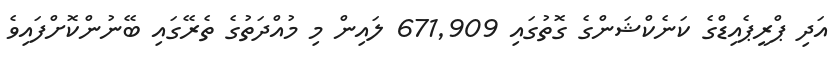
އަދި ޕްރީޕެއިޑްގެ ކަނެކްޝަންގެ ގޮތުގައި 671